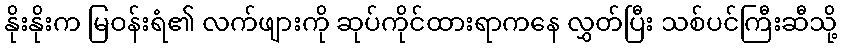
နိုးနိုးက မြဝန်းရံ၏ လက်ဖျားကို ဆုပ်ကိုင်ထားရာကနေ လွှတ်ပြီး သစ်ပင်ကြီးဆီသို့